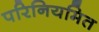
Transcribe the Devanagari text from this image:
परिनियमित